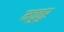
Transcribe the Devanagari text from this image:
मचुकुर